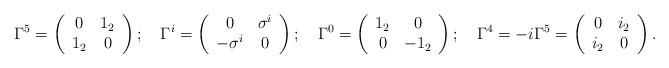
LaTeX: \begin{align*}\Gamma ^{5}=\left( \begin{array}{cc}0 & 1_{2} \\ 1_{2} & 0\end{array}\right);\quad \Gamma ^{i}=\left( \begin{array}{cc}0 & \sigma ^{i} \\ -\sigma ^{i} & 0\end{array}\right);\quad \Gamma ^{0}=\left( \begin{array}{cc}1_{2} & 0 \\ 0 & -1_{2}\end{array}\right);\quad \Gamma ^{4}=-i\Gamma ^{5}=\left( \begin{array}{cc}0 & i_{2} \\ i_{2} & 0\end{array}\right).\end{align*}